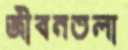
জীবনতলা